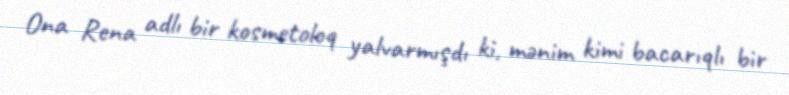
Ona Rena adlı bir kosmetoloq yalvarmışdı ki, mənim kimi bacarıqlı bir